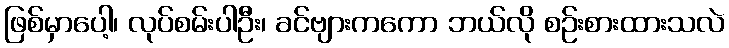
ဖြစ်မှာပေါ့၊ လုပ်စမ်းပါဦး၊ ခင်ဗျားကကော ဘယ်လို စဉ်းစားထားသလဲ